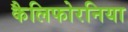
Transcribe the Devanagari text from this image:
कैलिफोरनिया